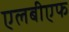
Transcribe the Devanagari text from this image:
एलबीएफ